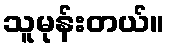
သူမုန်းတယ်။